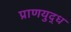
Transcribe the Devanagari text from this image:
प्राणयुद्ध